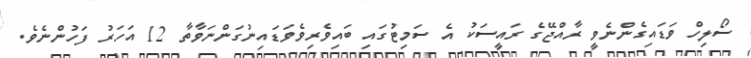
ސޯލިހް ވަޑައިގެންނެވީ ރާއްޖޭގެ ރައީސަކު އެ ސަމިޓުގައި ބައިވެރިވެވަޑައިނުގަންނަވާތާ 12 އަހަރު ފަހުންނެވެ.